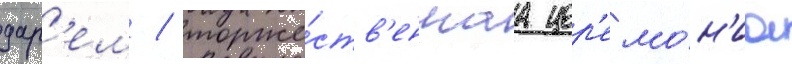
дар'ем / торже́ств'еннаа цер'емо́н'иа